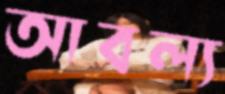
আবল্য